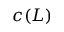
c ( L )